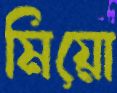
মিয়ো